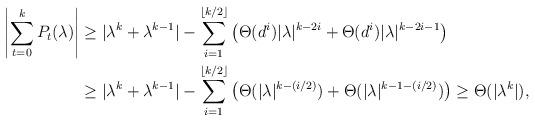
LaTeX: \begin{align*}\left| \sum_{t=0}^k P_t(\lambda) \right| &\geq |\lambda^k + \lambda^{k-1}| - \sum_{i=1}^{\lfloor k/2 \rfloor} \left(\Theta(d^i) |\lambda|^{k-2i} + \Theta(d^i) |\lambda|^{k-2i-1}\right) \\& \geq |\lambda^k + \lambda^{k-1}| - \sum_{i=1}^{\lfloor k/2 \rfloor} \left(\Theta(|\lambda|^{k-(i/2)}) + \Theta(|\lambda|^{k-1 - (i/2)})\right) \geq \Theta(|\lambda^k|),\end{align*}